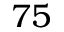
7 5